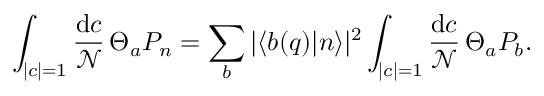
\int _ { | c | = 1 } { \frac { \mathrm { d } c } { \mathcal { N } } } \, \Theta _ { a } P _ { n } = \sum _ { b } | \langle b ( q ) | n \rangle | ^ { 2 } \int _ { | c | = 1 } { \frac { \mathrm { d } c } { \mathcal { N } } } \, \Theta _ { a } P _ { b } .